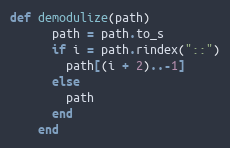
Language: Ruby
def demodulize(path)
      path = path.to_s
      if i = path.rindex("::")
        path[(i + 2)..-1]
      else
        path
      end
    end